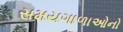
સમયગાળાઓનો